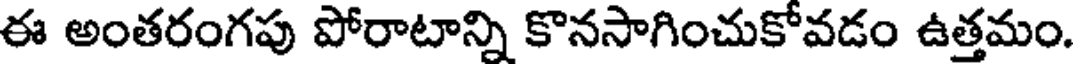
ఈ అంతరంగపు పోరాటాన్ని కొనసాగించుకోవడం ఉత్తమం.